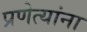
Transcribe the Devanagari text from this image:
प्रणेत्यांना